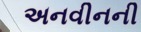
અનવીનની